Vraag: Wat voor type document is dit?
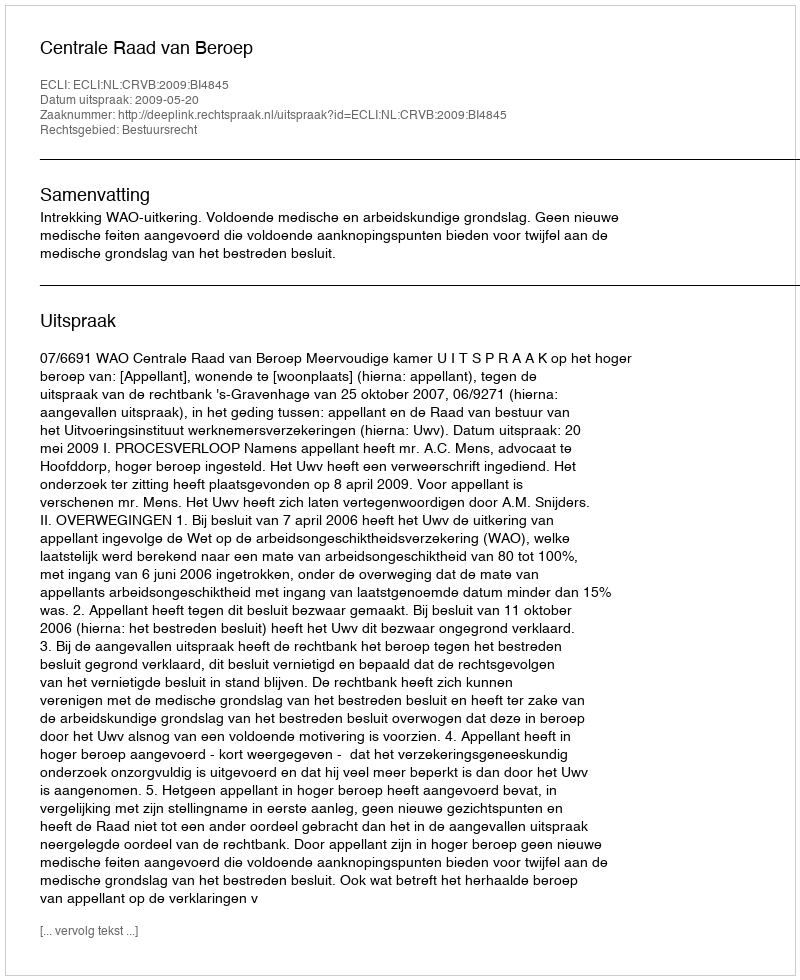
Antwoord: Uitspraak